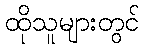
ထိုသူများတွင်